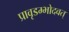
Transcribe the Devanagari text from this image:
प्रावृडम्भोदवत्